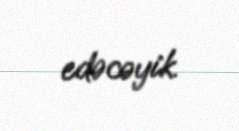
edəcəyik.